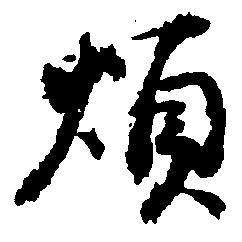
煩